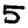
Digit: 5